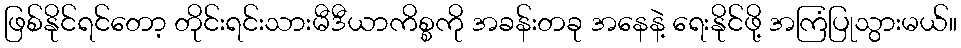
ဖြစ်နိုင်ရင်တော့ တိုင်းရင်းသားမီဒီယာကိစ္စကို အခန်းတခု အနေနဲ့ ရေးနိုင်ဖို့ အကြံပြုသွားမယ်။